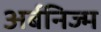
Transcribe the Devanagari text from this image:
अर्बनिज्म